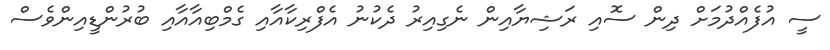
ސީ އުފެއްދުމަށް ދިން ސޮއި ރަޝިޔާއިން ނެގިއިރު ދެކުނު އެފްރިކާއާއި ގެމްބިއާއާއި ބުރުންޑީއިންވެސް